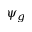
\psi _ { g }